Cholera in southern India
Disease focus: Cholera
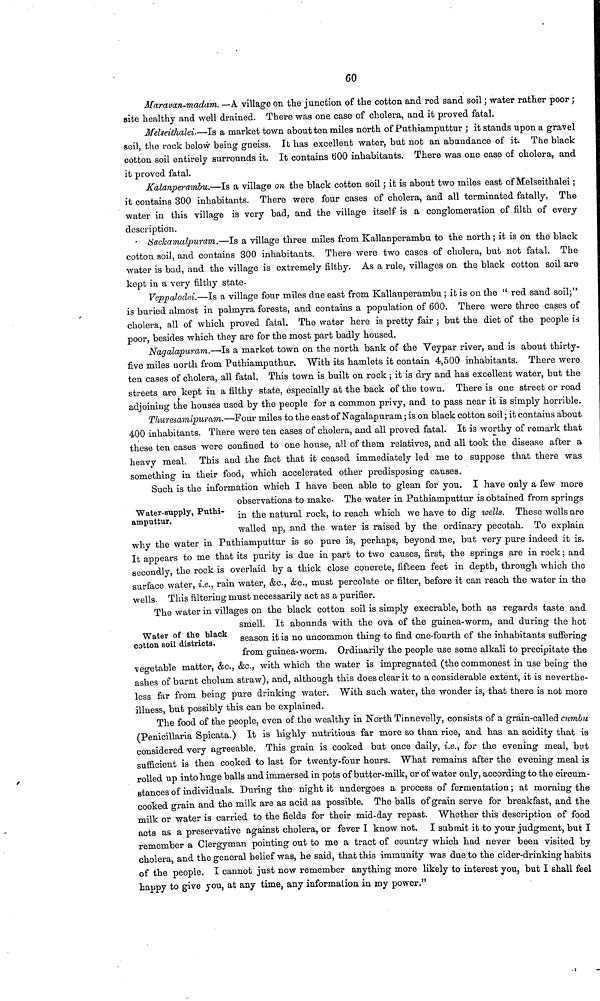
60
Maravan-madam. —A village on the junction of the cotton and red sand soil ; water rather poor ;
site healthy and we'll drained. There was one case of cholera, and it proved fatal.
Melseithalei.—Is a market town about ten miles north of Puthiamputtur ; it stands upon a gravel
soil, the rock below being gneiss. It has excellent water, but not an abundance of it. The black
cotton soil entirely surrounds it. It contains 600 inhabitants. There was one case of cholera, and
it proved fatal.
Kalanperambu.—Is a village on the black cotton soil ; it is about two miles east of Melseithalei ;
it contains 300 inhabitants. There were four cases of cholera, and all terminated fatally. The
water in this village is very bad, and the village itself is a conglomeration of filth of every
description.
Sackamalpuram.—Is a village three miles from Kallanperambu to the north ; it is on the black
cotton soil, and contains 300 inhabitants. There were two cases of cholera, but not fatal. The
water is bad, and the village is extremely filthy. As a rule, villages on the black cotton soil are
kept in a very filthy state-
Veppalodei.—Is a village four miles due east from Kallauperambu ; it is on the " red sand soil;"
is buried almost in palmyra forests, and contains a population of 600. There were three cases of
cholera, all of which proved fatal. The water here is pretty fair ; but the diet of the people is
poor, besides which they are for the most part badly housed.
Nagalapuram.—Is a market town on the north bank of the Veypar river, and is about thirty-
five miles north from Puthiamputhur. With its hamlets it contain 4,500 inhabitants. There were
ten cases of cholera, all fatal. This town is built on rock ; it is dry and has excellent water, but the
streets are kept in a filthy state, especially at the back of the town. There is one street or road
adjoining the houses used by the people for a common privy, and to pass near it is simply horrible.
Thuresamipuram.—Four miles to the east of Nagalapuram ; is on black cotton soil ; it contains about
400 inhabitants. There were ten cases of cholera, and all proved fatal. It is worthy of remark that
these ten cases were confined to one house, all of them relatives, and all took the disease after a
heavy meal. This and the fact that it ceased immediately led me to suppose that there was
something in their food, which accelerated other predisposing causes.
Water-supply, Puthi-
amputiur.
Such is the information which I have been able to glean for you. I have only a few more
observations to make- The water in Puthiamputtur is obtained from springs
in the natural rock, to reach which we have to dig wells. These wells are
walled up, and the water is raised by the ordinary pecotah. To explain
why the water in Puthiamputtur is so pure is, perhaps, beyond me, but very pure indeed it is.
It appears to me that its purity is due in part to two causes, first, the springs are in rock ; and
secondly, the rock is overlaid by a thick close concrete, fifteen feet in depth, through which the
surface water, i.e., rain water, &c., &c., must percolate or filter, before it can reach the water in the
wells. This filtering must necessarily act as a purifier.
Water of the black
cotton soil districts.
The water in villages on the black cotton soil is simply execrable, both as regards taste and
smell. It abounds with the ova of the guinea-worm, and during the hot
season it is no uncommon thing to find one-fourth of the inhabitants suffering
from guinea-worm. Ordinarily the people use some alkali to precipitate the
vegetable matter, &c., &c., with which the water is impregnated (the commonest in use being- the
ashes of burnt cholum straw), and, although this does clear it to a considerable extent, it is neverthe-
less far from being pure drinking water. With such water, the wonder is, that there is not more
illness, but possibly this can be explained.
The food of the people, even of the wealthy in North Tinnevelly, consists of a grain-called cumbu
(Penicillaria Spicata.) It is highly nutritious far more so than rice, and has an acidity that is
considered very agreeable. This grain is cooked but once daily, i.e., for the evening meal, but
sufficient is then cooked to last for twenty-four hours. What remains after the evening meal is
rolled up into huge balls and immersed in pots of butter-milk, or of water only, according to the circum-
stances of individuals. During the night it undergoes a process of fermentation ; at morning the
cooked grain and the milk are as acid as possible. The balls of grain serve for breakfast, and the
milk or water is carried to the fields for their mid-day repast. Whether this description of food
acts as a preservative against cholera, or fever I know not. I submit it to your judgment, but I
remember a Clergyman pointing out to me a tract of country which had never been visited by
cholera, and the general belief was, he said, that this immunity was due to the cider-drinking- habits
of the people. I cannot just now remember anything more likely to interest you, but I shall feel
happy to give you, at any time, any information in my power."